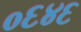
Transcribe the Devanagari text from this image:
०६४६